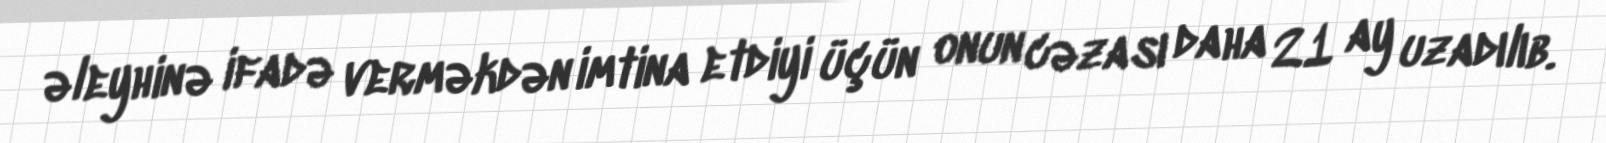
əleyhinə ifadə verməkdən imtina etdiyi üçün onun cəzası daha 21 ay uzadılıb.